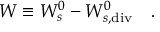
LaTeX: W \equiv W _ { s } ^ { 0 } - W _ { s , \tiny { \mathrm { d i v } } } ^ { 0 } ~ ~ ~ .